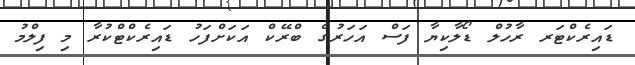
ޑައިރެކްޓަރ ރާހުލް ޑޯލާކިޔާ ފަސް އަހަރުގެ ބްރޭކް އަކަށްފަހު ޑައިރެކްޓްކުރާ މި ފިލްމު